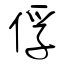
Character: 俘